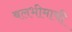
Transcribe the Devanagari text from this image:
बलभीमाची